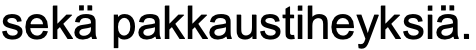
sekä pakkaustiheyksiä.